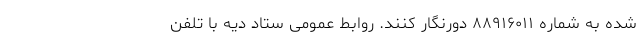
شده به شماره ۸۸۹۱۶۰۱۱ دورنگار کنند. روابط عمومی ستاد دیه با تلفن